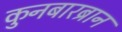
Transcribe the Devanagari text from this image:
कुनबारब्रान